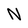
Character: N